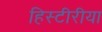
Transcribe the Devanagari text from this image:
हिस्टीरीया